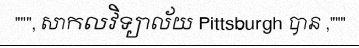
""", សាកលវិទ្យាល័យ Pittsburgh បាន ,"""